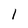
Character: l